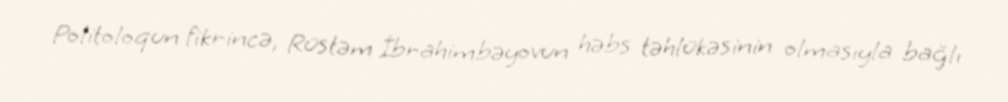
Politoloqun fikrincə, Rüstəm İbrahimbəyovun həbs təhlükəsinin olmasıyla bağlı